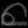
Digit: ၈